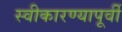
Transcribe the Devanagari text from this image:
स्वीकारण्यापूर्वी